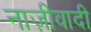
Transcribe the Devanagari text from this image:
नाज़ीवादी